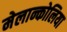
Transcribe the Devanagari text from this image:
मेलान्कोलिया